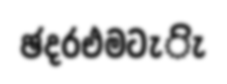
ඡදරඑමටැිැ